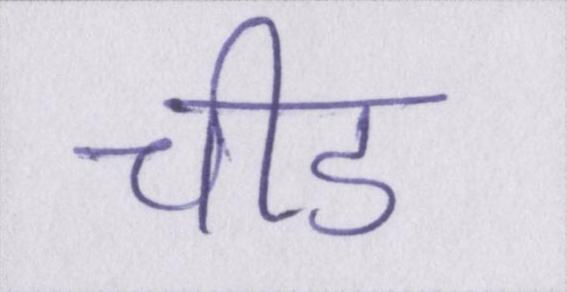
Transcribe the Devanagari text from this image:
चीड